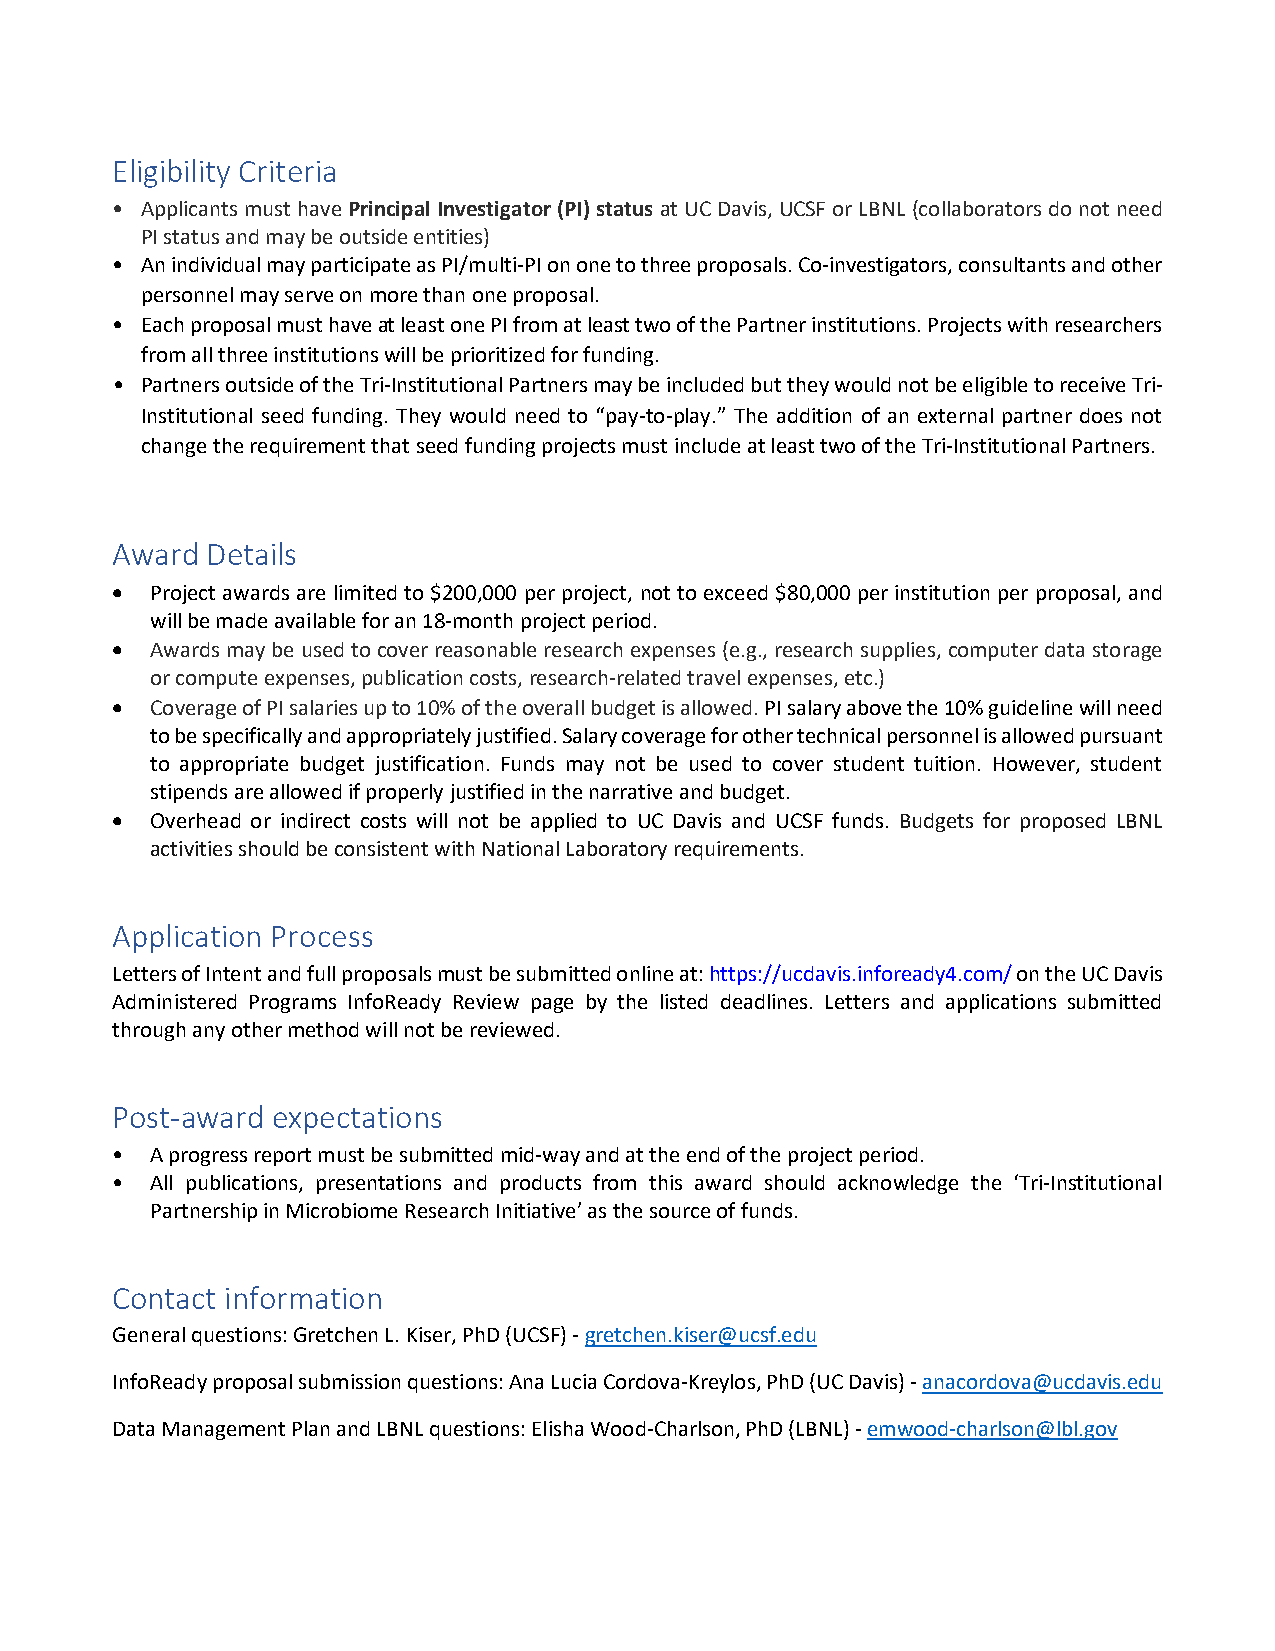
Eligibility Criteria
 • Applicants must have Principal Investigator (PI) status at UC Davis, UCSF or LBNL (collaborators do not need
 PI status and may be outside entities)
 • An individual may participate as PI/multi-PI on one to three proposals. Co-investigators, consultants and other
 personnel may serve on more than one proposal.
 • Each proposal must have at least one PI from at least two of the Partner institutions. Projects with researchers
 from all three institutions will be prioritized for funding.
 • Partners outside of the Tri-Institutional Partners may be included but they would not be eligible to receive Tri-
 Institutional seed funding. They would need to “pay-to-play.” The addition of an external partner does not
 change the requirement that seed funding projects must include at least two of the Tri-Institutional Partners.
 Award  Details
 •  Project awards are limited to $200,000 per project, not to exceed $80,000 per institution per proposal, and
 will be made available for an 18-month project period.
 •  Awards may be used to cover reasonable research expenses (e.g., research supplies, computer data storage
 or compute expenses, publication costs, research-related travel expenses, etc.)
 •  Coverage of PI salaries up to 10% of the overall budget is allowed. PI salary above the 10% guideline will need
 to be specifically and appropriately justified. Salary coverage for other technical personnel is allowed pursuant
 to appropriate budget justification. Funds may not be used to cover student tuition. However, student
 stipends are allowed if properly justified in the narrative and budget.
 •  Overhead or indirect costs will not be applied to UC Davis and UCSF funds. Budgets for proposed LBNL
 activities should be consistent with National Laboratory requirements.
 Application Process
 Letters of Intent and full proposals must be submitted online at: https://ucdavis.infoready4.com/ on the UC Davis
 Administered Programs InfoReady Review page by the listed deadlines. Letters and applications submitted
 through any other method will not be reviewed.
 Post-award expectations
 •  A progress report must be submitted mid-way and at the end of the project period.
 •  All publications, presentations and products from this award should acknowledge the ‘Tri-Institutional
 Partnership in Microbiome Research Initiative’ as the source of funds.
 Contact information
 General questions: Gretchen L. Kiser, PhD (UCSF) - gretchen.kiser@ucsf.edu
 InfoReady proposal submission questions: Ana Lucia Cordova-Kreylos, PhD (UC Davis) - anacordova@ucdavis.edu
 Data Management Plan and LBNL questions: Elisha Wood-Charlson, PhD (LBNL) - emwood-charlson@lbl.gov